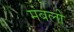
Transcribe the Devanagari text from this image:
मंबली